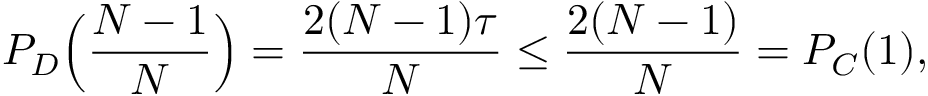
P _ { D } \Big ( \frac { N - 1 } { N } \Big ) = \frac { 2 ( N - 1 ) \tau } { N } \leq \frac { 2 ( N - 1 ) } { N } = P _ { C } ( 1 ) ,